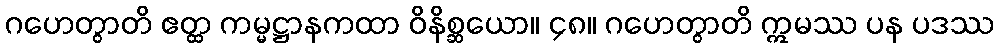
ဂဟေတွာတိ ဧတ္ထ ကမ္မဋ္ဌာနကထာ ဝိနိစ္ဆယော။ ၄၈။ ဂဟေတွာတိ ဣမဿ ပန ပဒဿ